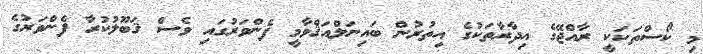
މި ކޯސްތަކަކީ ރާއްޖޭގެ އިދާރާތަކުގެ އިތުރުން ބައިނަލްއަޤްވާމީ ފެންވަރުގައި ވެސް ޤަބޫލުކުރާ ފެންވަރުގެ